Indian journal of veterinary science and animal husbandry - Volumes 18-21, 1948-1951
Year: 1948
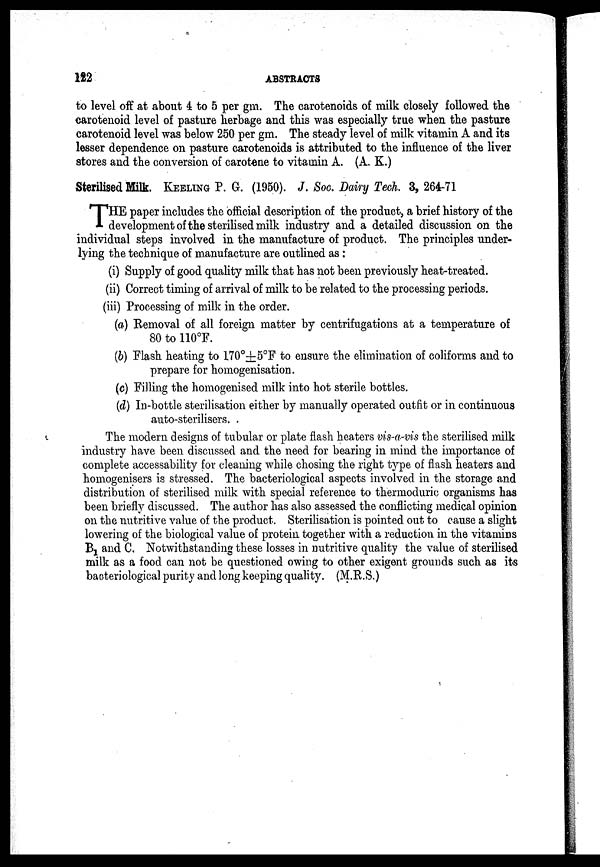
122
ABSTRACTS
to level off at about 4 to 5 per gm. The carotenoids of milk closely followed the
carotenoid level of pasture herbage and this was especially true when the pasture
carotenoid level was below 250 per gm. The steady level of milk vitamin A and its
lesser dependence on pasture carotenoids is attributed to the influence of the liver
stores and the conversion of carotene to vitamin A. (A. K.)
Sterilised Milk. KEELING P. G. (1950). J. Soc. Dairy Tech. 3, 264-71
T HE paper includes the official description of the product, a brief history of the
development of the sterilised milk industry and a detailed discussion on the
individual steps involved in the manufacture of product. The principles under-
lying the technique of manufacture are outlined as :
(i) Supply of good quality milk that has not been previously heat-treated.
(ii) Correct timing of arrival of milk to be related to the processing periods.
(iii) Processing of milk in the order.
(a) Removal of all foreign matter by centrifugations at a temperature of
80 to 110°F.
(b) Flash heating to 170°±5°F to ensure the elimination of coliforms and to
prepare for homogenisation.
(c) Filling the homogenised milk into hot sterile bottles.
(d) In-bottle sterilisation either by manually operated outfit or in continuous
auto-sterilisers.
The modern designs of tubular or plate flash heaters vis-a-vis the sterilised milk
industry have been discussed and the need for bearing in mind the importance of
complete accessability for cleaning while chosing the right type of flash heaters and
homogenisers is stressed. The bacteriological aspects involved in the storage and
distribution of sterilised milk with special reference to thermoduric organisms has
been briefly discussed. The author has also assessed the conflicting medical opinion
on the nutritive value of the product. Sterilisation is pointed out to cause a slight
lowering of the biological value of protein together with a reduction in the vitamins
B 1 and C. Notwithstanding these losses in nutritive quality the value of sterilised
milk as a food can not be questioned owing to other exigent grounds such as its
bacteriological purity and long keeping quality. (M.R.S.)